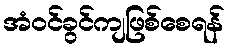
အံဝင်ခွင်ကျဖြစ်စေရန်